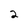
Character: 2